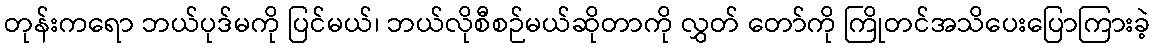
တုန်းကရော ဘယ်ပုဒ်မကို ပြင်မယ်၊ ဘယ်လိုစီစဉ်မယ်ဆိုတာကို လွှတ် တော်ကို ကြိုတင်အသိပေးပြောကြားခဲ့